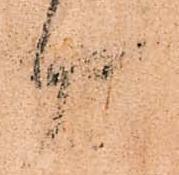
御